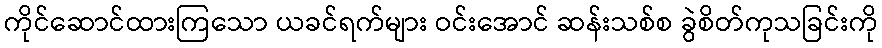
ကိုင်ဆောင်ထားကြသော ယခင်ရက်များ ဝင်းအောင် ဆန်းသစ်စ ခွဲစိတ်ကုသခြင်းကို